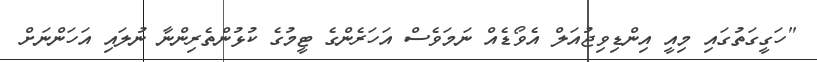
"ހަގީގަތުގައި މިއީ އިންޑިވިޖުއަލް އެވޯޑެއް ނަމަވެސް އަހަރެންގެ ޓީމުގެ ކުޅުންތެރިންނާ ނުލައި އަހަންނަށް